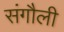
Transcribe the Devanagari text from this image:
संगौली